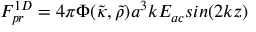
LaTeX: F _ { p r } ^ { 1 D } = 4 \pi \Phi ( { \tilde { \kappa } } , { \tilde { \rho } } ) a ^ { 3 } k E _ { a c } s i n ( 2 k z )